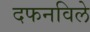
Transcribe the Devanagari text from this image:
दफनविले